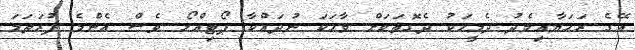
އޭގެ ރަހަޔާއިމެދު ދެމީހަކު ދެގޮތަކަށް ވާހަކަ ނުދައްކާ ޕޯޓިއްލޯ ވެސް އެންމެ ފުރަތަމަ